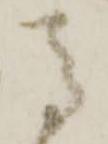
馬